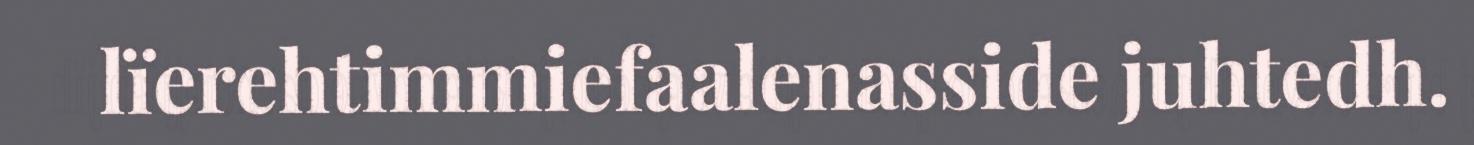
lïerehtimmiefaalenasside juhtedh.